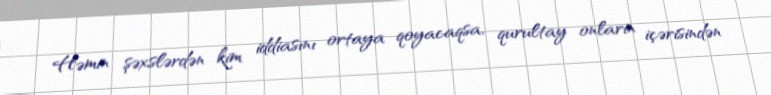
Həmin şəxslərdən kim iddiasını ortaya qoyacaqsa, qurultay onların içərisindən